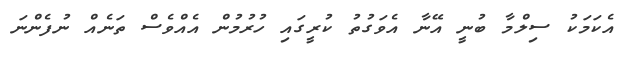
އެކަމަކު ސިލްމާ ބުނީ އޭނާ އެވަގުތު ކުރީގައި ހުރުމުން އެއްވެސް ތަނެއް ނުފެންނަ